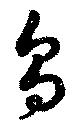
烏